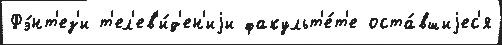
Фэ́нт'ез'и т'ел'ев'и́д'ен'иjи факульт'е́т'е оста́вшиjес'я